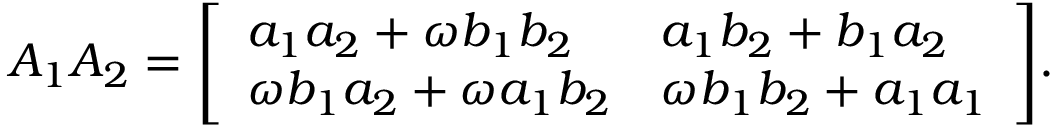
A _ { 1 } A _ { 2 } = { \left[ \begin{array} { l l } { a _ { 1 } a _ { 2 } + \omega b _ { 1 } b _ { 2 } } & { a _ { 1 } b _ { 2 } + b _ { 1 } a _ { 2 } } \\ { \omega b _ { 1 } a _ { 2 } + \omega a _ { 1 } b _ { 2 } } & { \omega b _ { 1 } b _ { 2 } + a _ { 1 } a _ { 1 } } \end{array} \right] } .